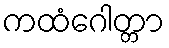
ကထံဂေါတ္တာ